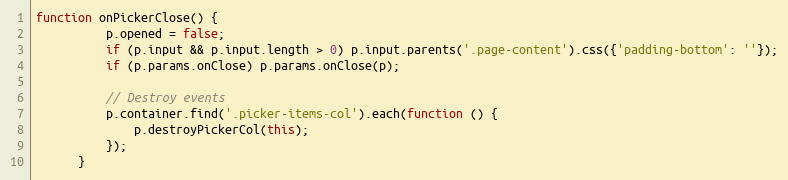
Language: JavaScript
function onPickerClose() {
          p.opened = false;
          if (p.input && p.input.length > 0) p.input.parents('.page-content').css({'padding-bottom': ''});
          if (p.params.onClose) p.params.onClose(p);

          // Destroy events
          p.container.find('.picker-items-col').each(function () {
              p.destroyPickerCol(this);
          });
      }